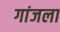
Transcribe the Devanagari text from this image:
गांजला